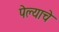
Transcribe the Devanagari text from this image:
पेल्याचे